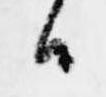
候